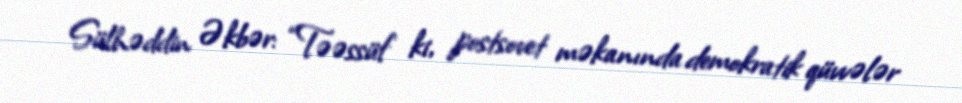
Sülhəddin Əkbər: “Təəssüf ki, postsovet məkanında demokratik qüvvələr